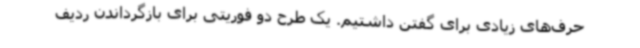
حرف‌های زیادی برای گفتن داشتیم. یک طرح دو فوریتی برای بازگرداندن ردیف